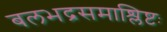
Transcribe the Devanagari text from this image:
बलभद्रसमाश्लिष्टः